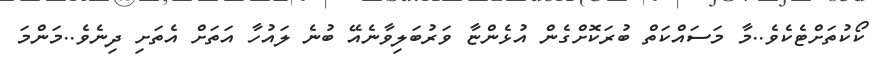
ކޯކުތަށްޓެކެވެ..މާ މަސައްކަތް ބުރަކޮށްގެން އުޅެންޏާ ވަރުބަލިވާނެއޭ ބުނެ ލައުހާ އަތަށް އެތަށި ދިނެވެ..މަންމަ